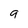
Character: g